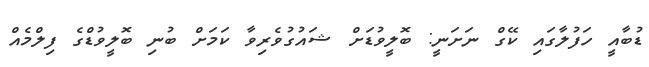
ޑުބާއީ ހަފުލާގައި ކޭގް ނަށަނީ: ބޮލީވުޑަށް ޝައުގުވެރިވާ ކަމަށް ބުނި ބޮލީވުޑްގެ ފިލްމެއް